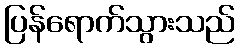
ပြန်ရောက်သွားသည်